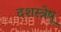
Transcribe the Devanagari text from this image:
दशस्त्रेषू